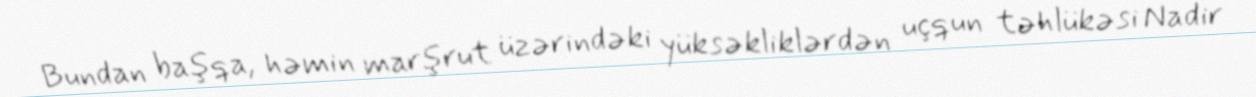
Bundan başqa, həmin marşrut üzərindəki yüksəkliklərdən uçqun təhlükəsi Nadir